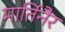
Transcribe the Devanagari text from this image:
मार्तिनैर